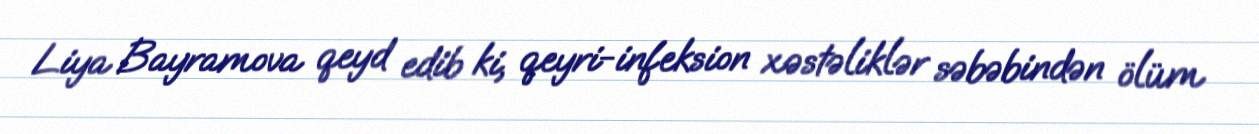
Liya Bayramova qeyd edib ki, qeyri-infeksion xəstəliklər səbəbindən ölüm